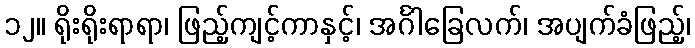
၁၂။ ရိုးရိုးရာရာ၊ ဖြည့်ကျင့်ကာနှင့်၊ အင်္ဂါခြေလက်၊ အပျက်ခံဖြည့်၊